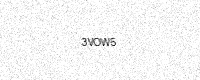
Text: 3VOW5